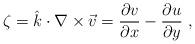
LaTeX: \begin{align*}\zeta = \hat{k} \cdot \nabla \times \vec{v} = \frac{\partial v }{ \partial x} - \frac{\partial u }{ \partial y}~, \end{align*}